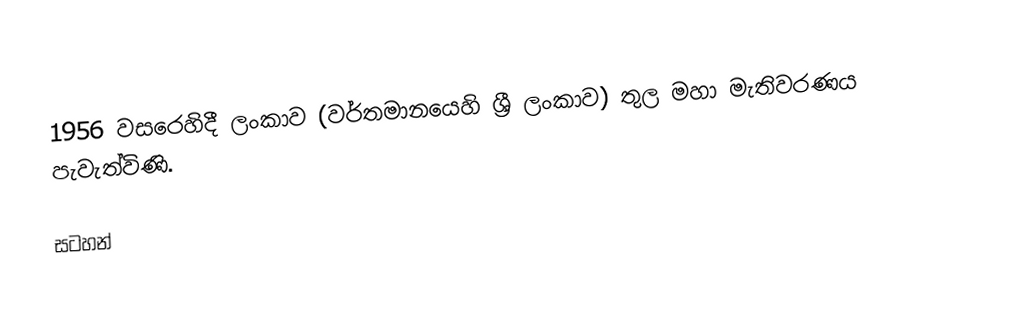
1956 වසරෙහිදී ලංකාව (වර්තමානයෙහි ශ්‍රී ලංකාව) තුල  මහා මැතිවරණය පැවැත්විණි.

සටහන්